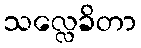
သလ္လေခိတာ